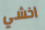
اخشي